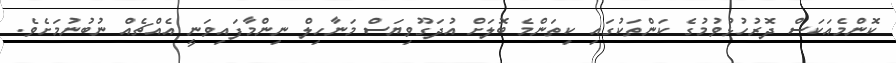
ކޮންމެއަކަސް ދޮރުހުޅުވުމުގެ ކަންތަކުގައި ކިތަންމެ ބޮލަށް އުދަގޫވިޔަސް މަނާހިލް ނިންމާފައިވަނީ އެއްޗެއް ނުބުނުމަށެވެ.